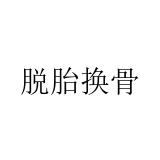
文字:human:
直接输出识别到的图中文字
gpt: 脱胎换骨